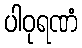
ပါဝုရဏံ